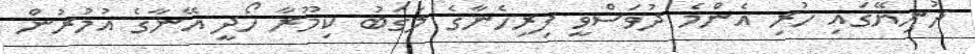
ދުނިޔޭގައި ހުރި އެންމެ ދުވަސްވީ ފިރިހެނާގެ ލަގަބު ކިމޫރާ ހޯދީ އޭނާގެ އުމުރުން